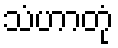
သံဟာတုံ